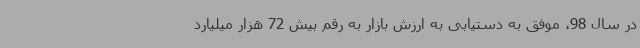
در سال 98، موفق به دستیابی به ارزش بازار به رقم بیش 72 هزار میلیارد